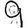
Digit: 9